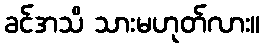
ခင်အသိ သားမဟုတ်လား။